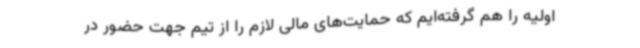
اولیه را هم گرفته‌ایم که حمایت‌های مالی لازم را از تیم جهت حضور در